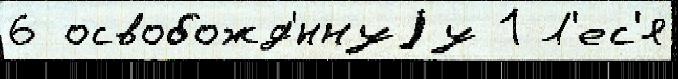
6 освобожд'́ннуjу 1 Л'ес'я